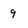
Character: 9